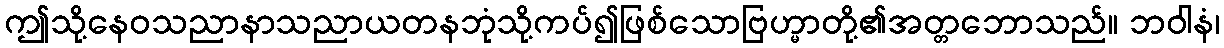
ဤသို့နေဝသညာနာသညာယတနဘုံသို့ကပ်၍ဖြစ်သောဗြဟ္မာတို့၏အတ္တဘောသည်။ ဘဝါနံ၊